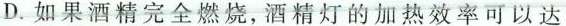
D.如果酒精完全燃烧，酒精灯的加热效率可以达